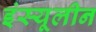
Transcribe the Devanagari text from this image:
इंस्यूलीन